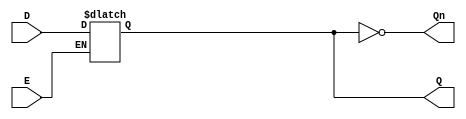
module async_gated_latch (
    input wire D,      // Data input
    input wire E,      // Enable signal
    output reg Q,      // Output
    output wire Qn     // Complement output
);

// Complement output
assign Qn = ~Q;

// Always block for latch behavior
always @* begin
    if (E) begin
        Q = D;  // When enable is high, output follows the data input
    end
    // When E is low, Q retains its previous value (latch behavior)
end

endmodule